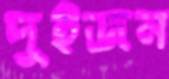
দুইজন